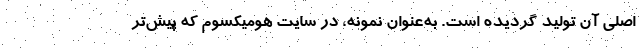
اصلی آن تولید گردیده است. به‌عنوان نمونه، در سایت هومیکسوم که پیش‌تر